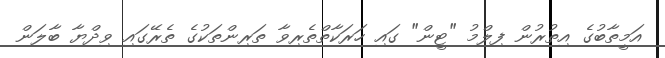
އަމީތާބުގެ އިތުރުން ފިލްމު "ޓީން" ގައި ހަރަކާތްތެރިވާ ތަރިންތަކުގެ ތެރޭގައި ވިދްޔާ ބާލަން